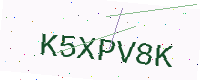
Text: K5XPV8K